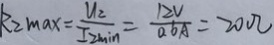
k _ { 2 \max } = \frac { U _ { 2 } } { I _ { 2 \min } } = \frac { 1 2 V } { 0 . 6 A } = 2 0 \Omega